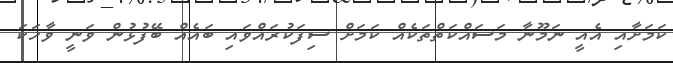
ކަމަށާއި އެއީ ނަމޫނާ މަސައްކަތްތަކެއް ކަމަށް ސިފަކުރައްވައި ބައެއް ބޭފުޅުން ވަނީ ވާހަކަ